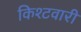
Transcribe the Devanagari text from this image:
किश्टवारी